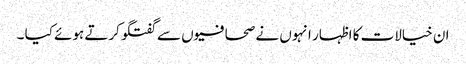
ان خیالات کا اظہار انہوں نے صحافیوں سے گفتگو کرتے ہوئے کیا ۔